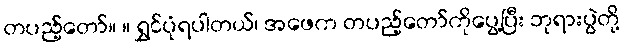
တပည့်တော်။ ။ ရွှင်ပုံရပါတယ်၊ အဖေက တပည့်တော်ကိုပွေ့ပြီး ဘုရားပွဲတို့